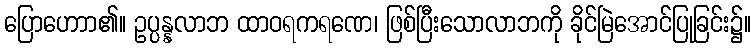
ပြောဟောာ၏။ ဥပ္ပန္နလာဘ ထာဝရကရဏေ၊ ဖြစ်ပြီးသောလာဘကို ခိုင်မြဲအောင်ပြုခြင်း၌။